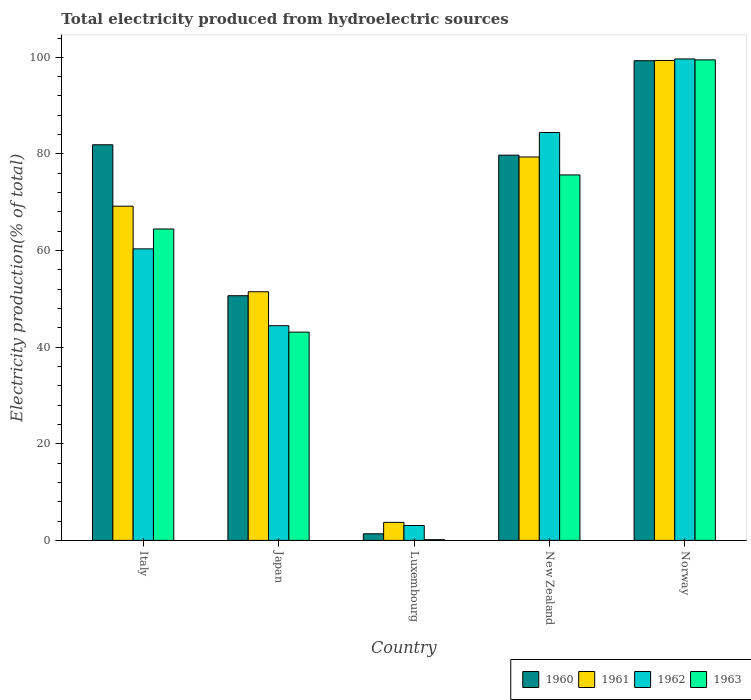
| Country | 1960 | 1961 | 1962 | 1963 |
 | --- | --- | --- | --- | --- |
 | Italy | 81.9 | 69.2 | 60.4 | 64.5 |
 | Japan | 50.6 | 51.5 | 44.4 | 43.1 |
 | Luxembourg | 1.37 | 3.73 | 3.08 | 0.148 |
 | New Zealand | 79.8 | 79.4 | 84.4 | 75.7 |
 | Norway | 99.3 | 99.3 | 99.7 | 99.5 |